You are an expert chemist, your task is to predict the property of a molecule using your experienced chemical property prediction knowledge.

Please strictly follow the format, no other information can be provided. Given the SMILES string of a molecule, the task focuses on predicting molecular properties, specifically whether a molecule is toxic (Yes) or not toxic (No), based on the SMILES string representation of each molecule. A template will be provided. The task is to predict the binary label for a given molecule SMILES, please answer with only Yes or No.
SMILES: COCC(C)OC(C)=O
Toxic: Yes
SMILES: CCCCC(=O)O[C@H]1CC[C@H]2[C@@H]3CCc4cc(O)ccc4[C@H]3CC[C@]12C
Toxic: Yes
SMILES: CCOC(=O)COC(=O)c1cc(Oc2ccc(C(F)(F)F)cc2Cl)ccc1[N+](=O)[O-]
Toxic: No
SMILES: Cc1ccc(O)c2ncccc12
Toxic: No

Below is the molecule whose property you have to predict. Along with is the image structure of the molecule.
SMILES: Nc1nc(N)c(N)c(N)n1
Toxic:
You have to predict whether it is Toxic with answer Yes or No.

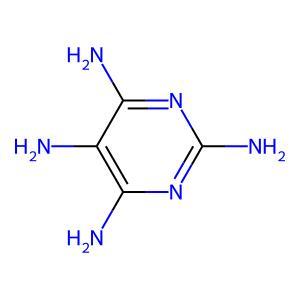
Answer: No